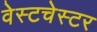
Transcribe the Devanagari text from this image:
वेस्‍टचेस्‍टर